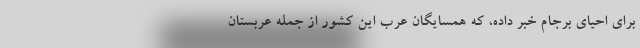
برای احیای برجام خبر داده، که همسایگان عرب این کشور از جمله عربستان